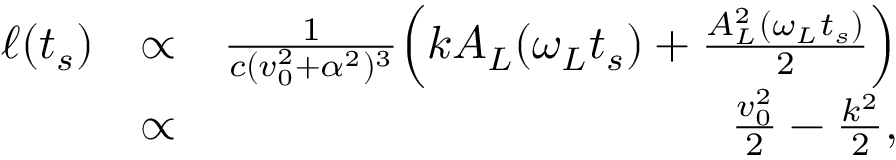
\begin{array} { r l r } { \ell ( t _ { s } ) } & { \propto } & { \frac { 1 } { c ( v _ { 0 } ^ { 2 } + \alpha ^ { 2 } ) ^ { 3 } } \Big ( k A _ { L } ( \omega _ { L } t _ { s } ) + \frac { A _ { L } ^ { 2 } ( \omega _ { L } t _ { s } ) } { 2 } \Big ) } \\ & { \propto } & { \frac { v _ { 0 } ^ { 2 } } { 2 } - \frac { k ^ { 2 } } { 2 } , } \end{array}